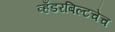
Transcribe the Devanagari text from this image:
व्हँडरबिल्टचेच